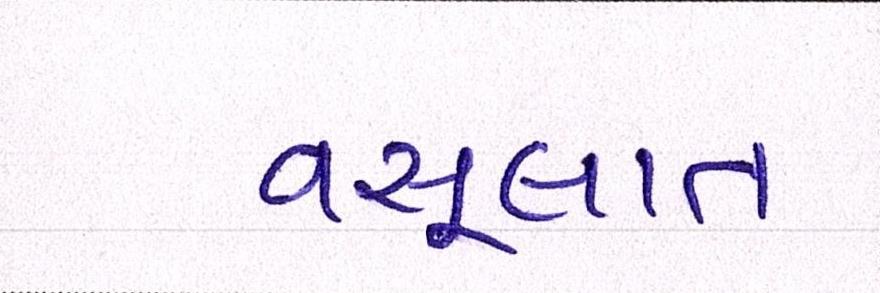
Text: વસૂલાત